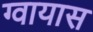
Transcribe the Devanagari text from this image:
ग्वायास